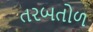
તરબતોળ